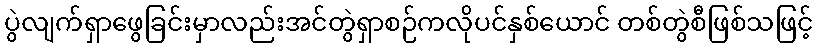
ပွဲလျက်ရှာဖွေခြင်းမှာလည်းအင်တွဲရှာစဉ်ကလိုပင်နှစ်ယောင် တစ်တွဲစီဖြစ်သဖြင့်